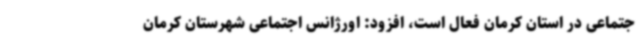
جتماعی در استان کرمان فعال است، افزود: اورژانس اجتماعی شهرستان کرمان